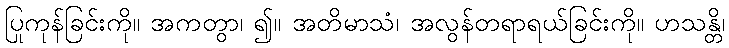
ပြုကုန်ခြင်းကို။ အကတွာ၊ ၍။ အတိမာသံ၊ အလွန်တရာရယ်ခြင်းကို။ ဟသန္တိ၊